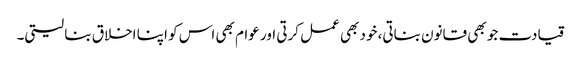
قیادت جو بھی قانون بناتی، خود بھی عمل کرتی اور عوام بھی اس کو اپنا اخلاق بنا لیتی۔